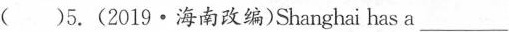
( )5.(2019·海南改编)Shanghai has a___